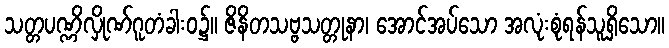
သတ္တပဏ္ဏိလှိုဏ်ဂူတံခါးဝ၌။ ဇိနိတသဗ္ဗသတ္တုနာ၊ အောင်အပ်သော အလုံးစုံရန်သူရှိသော။